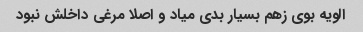
الویه بوی زهم بسیار بدی میاد و اصلا مرغی داخلش نبود